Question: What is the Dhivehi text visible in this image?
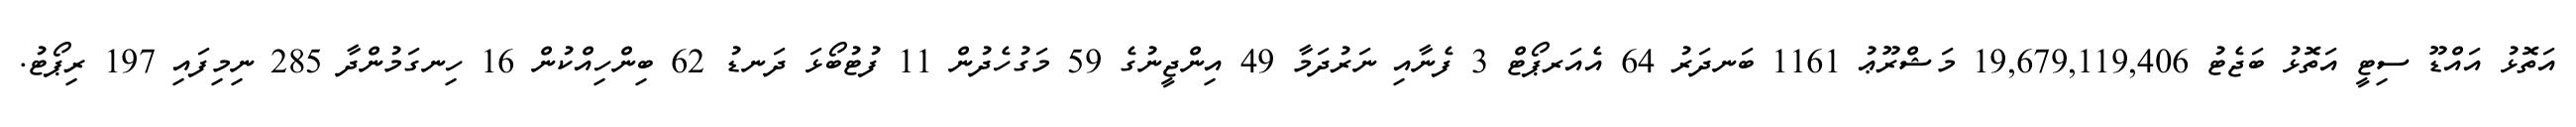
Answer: އަތޮޅު އައްޑޫ ސިޓީ އަތޮޅު ބަޖެޓު 19,679,119,406 މަޝްރޫޢު 1161 ބަނދަރު 64 އެއަރޕޯޓް 3 ފެނާއި ނަރުދަމާ 49 އިންޖީނުގެ 59 މަގުހެދުން 11 ފުޓުބޯޅަ ދަނޑު 62 ބިންހިއްކުން 16 ހިނގަމުންދާ 285 ނިމިފައި 197 ރިޕޯޓު.